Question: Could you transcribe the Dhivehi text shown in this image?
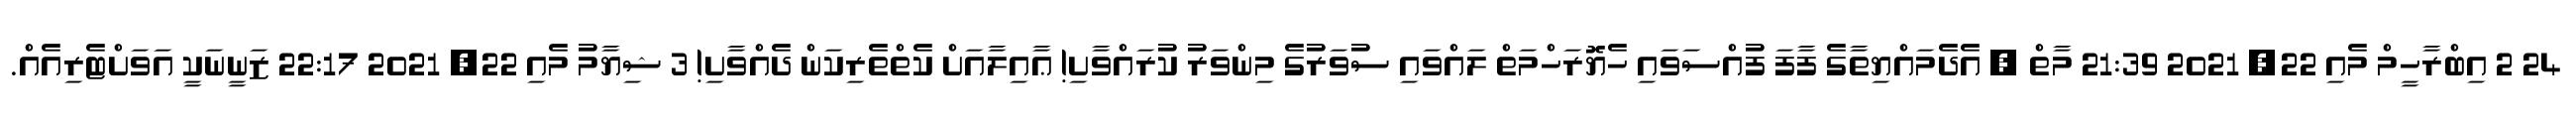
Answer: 24 2 އިބްރާހީމް މެއި 22, 2021 21:39 މާތް , އެދެމައްޔިތާގެ ފާފަ ފުއްސަވައި ހެޔޮރަހްމަތް ލައްވައި ސުވަރުގެ މިންވަރު ކުރައްވާށި! ޢާއިލާއަށް ކެތްތެރިކަން ދެއްވާށި! 3 ޝިޔާމު މެއި 22, 2021 22:17 ޒަނީނަކީ އަވަށްޓެރިއެއް.